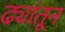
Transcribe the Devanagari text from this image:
ढ्यांतून